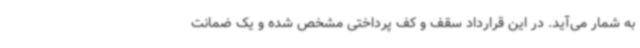
به شمار می‌آید. در این قرارداد سقف و کف پرداختی مشخص شده و یک ضمانت